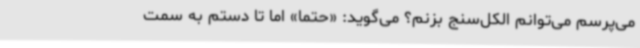
می‌پرسم می‌توانم الکل‌سنج بزنم؟ می‌گوید: «حتماً» اما تا دستم به سمت